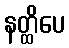
နတ္ထိပေ